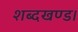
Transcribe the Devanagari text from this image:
शब्दखण्ड।